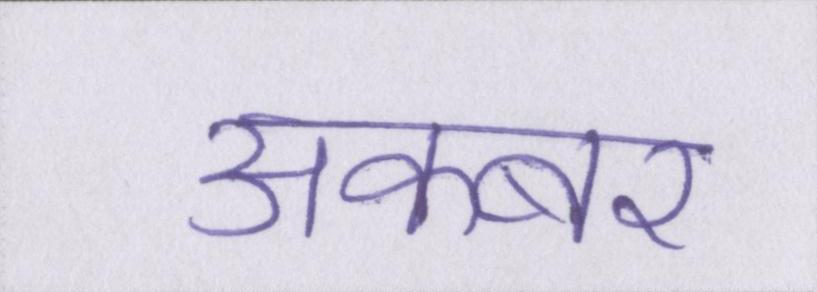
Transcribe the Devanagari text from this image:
अकबर